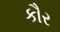
કૌર